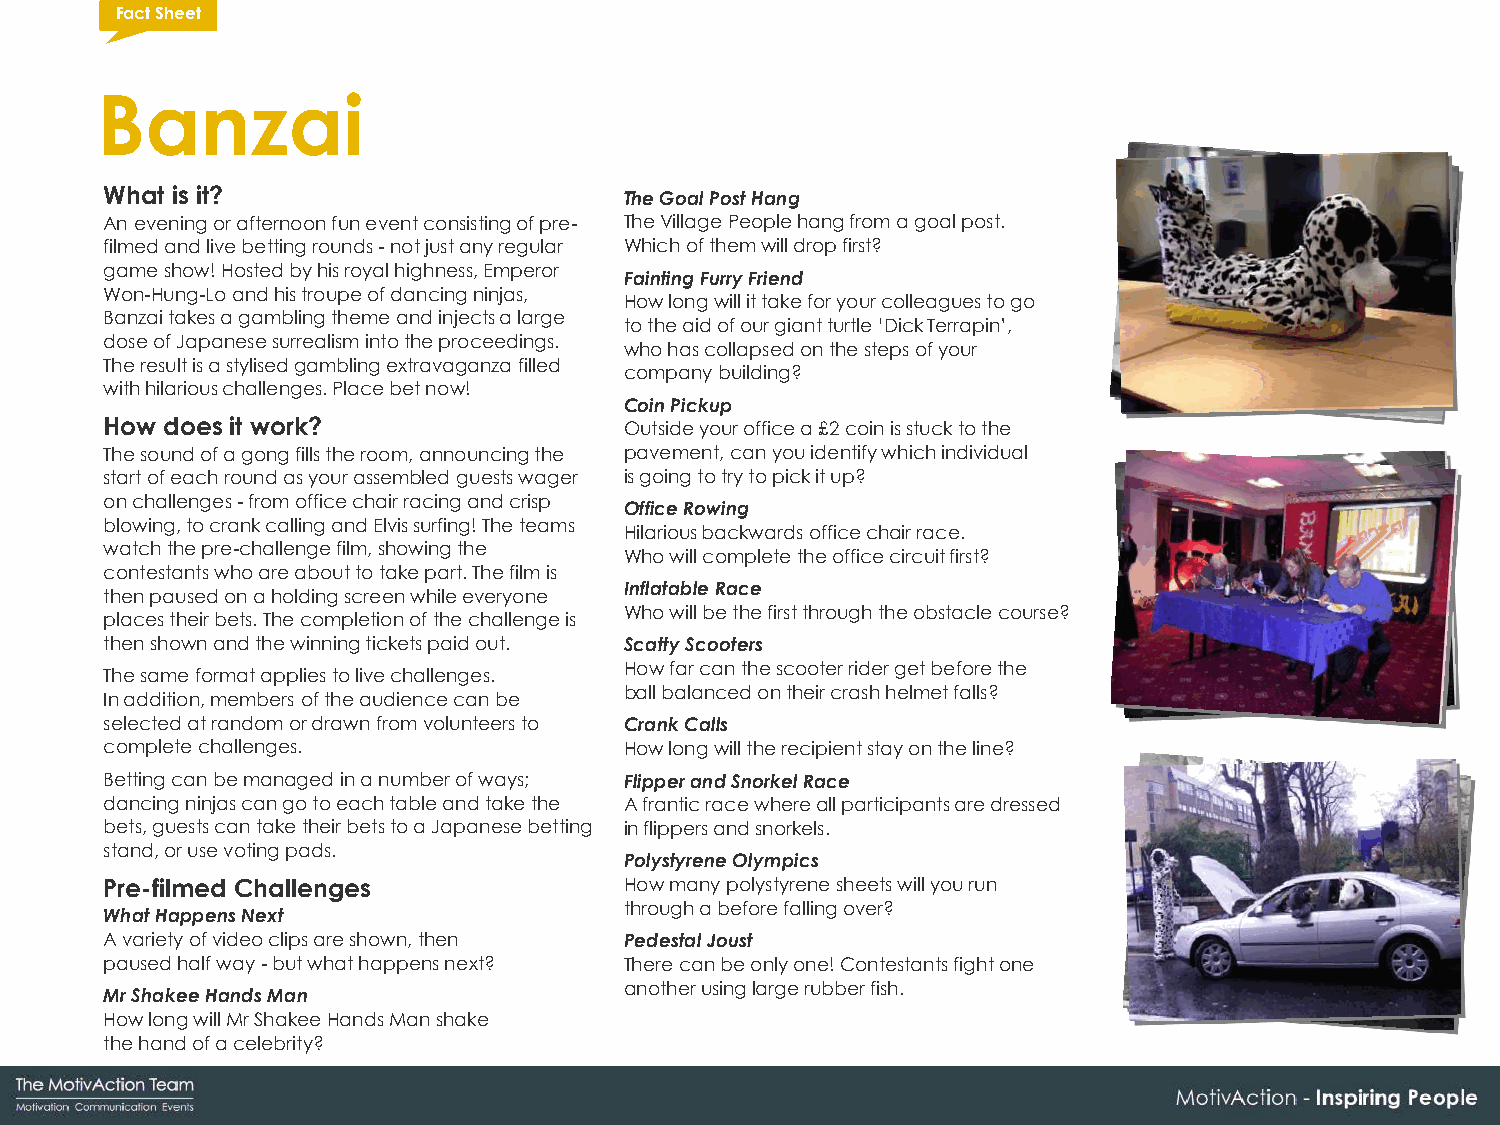
Fact Sheet
 Banzai
 What is it?                       The Goal Post Hang
 An evening or afternoon fun event consisting of pre- The Village People hang from a goal post.
 filmed and live betting rounds - not just any regular Which of them will drop first?
 game show! Hosted by his royal highness, Emperor
 Fainting Furry Friend
 Won-Hung-Lo and his troupe of dancing ninjas,
 How long will it take for your colleagues to go
 Banzai takes a gambling theme and injects a large
 to the aid of our giant turtle ‘Dick Terrapin’,
 dose of Japanese surrealism into the proceedings.
 who has collapsed on the steps of your
 The result is a stylised gambling extravaganza filled
 company building?
 with hilarious challenges. Place bet now!
 Coin Pickup
 How does it work?                 Outside your office a £2 coin is stuck to the
 The sound of a gong fills the room, announcing the pavement, can you identify which individual
 start of each round as your assembled guests wager is going to try to pick it up?
 on challenges - from office chair racing and crisp
 Office Rowing
 blowing, to crank calling and Elvis surfing! The teams
 Hilarious backwards office chair race.
 watch the pre-challenge film, showing the
 Who will complete the office circuit first?
 contestants who are about to take part. The film is
 Inflatable Race
 then paused on a holding screen while everyone
 Who will be the first through the obstacle course?
 places their bets. The completion of the challenge is
 then shown and the winning tickets paid out. Scatty Scooters
 How far can the scooter rider get before the
 The same format applies to live challenges.
 ball balanced on their crash helmet falls?
 In addition, members of the audience can be
 selected at random or drawn from volunteers to Crank Calls
 complete challenges.              How long will the recipient stay on the line?
 Betting can be managed in a number of ways; Flipper and Snorkel Race
 dancing ninjas can go to each table and take the A frantic race where all participants are dressed
 bets, guests can take their bets to a Japanese betting in flippers and snorkels.
 stand, or use voting pads.
 Polystyrene Olympics
 Pre-filmed Challenges             How many polystyrene sheets will you run
 through a before falling over?
 What Happens Next
 A variety of video clips are shown, then Pedestal Joust
 paused half way - but what happens next? There can be only one! Contestants fight one
 another using large rubber fish.
 Mr Shakee Hands Man
 How long will Mr Shakee Hands Man shake
 the hand of a celebrity?